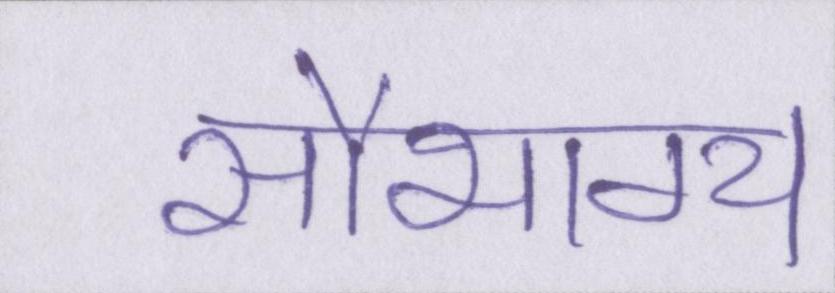
सौभाग्य